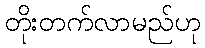
တိုးတက်လာမည်ဟု